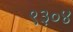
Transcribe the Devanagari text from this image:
९३०४